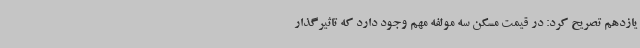
یازدهم تصریح کرد: در قیمت مسکن سه مولفه مهم وجود دارد که تاثیرگذار